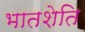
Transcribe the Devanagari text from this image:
भातशेति